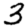
Digit: 3